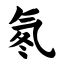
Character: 氡